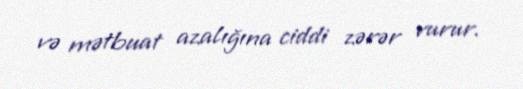
və mətbuat azalığına ciddi zərər vurur.